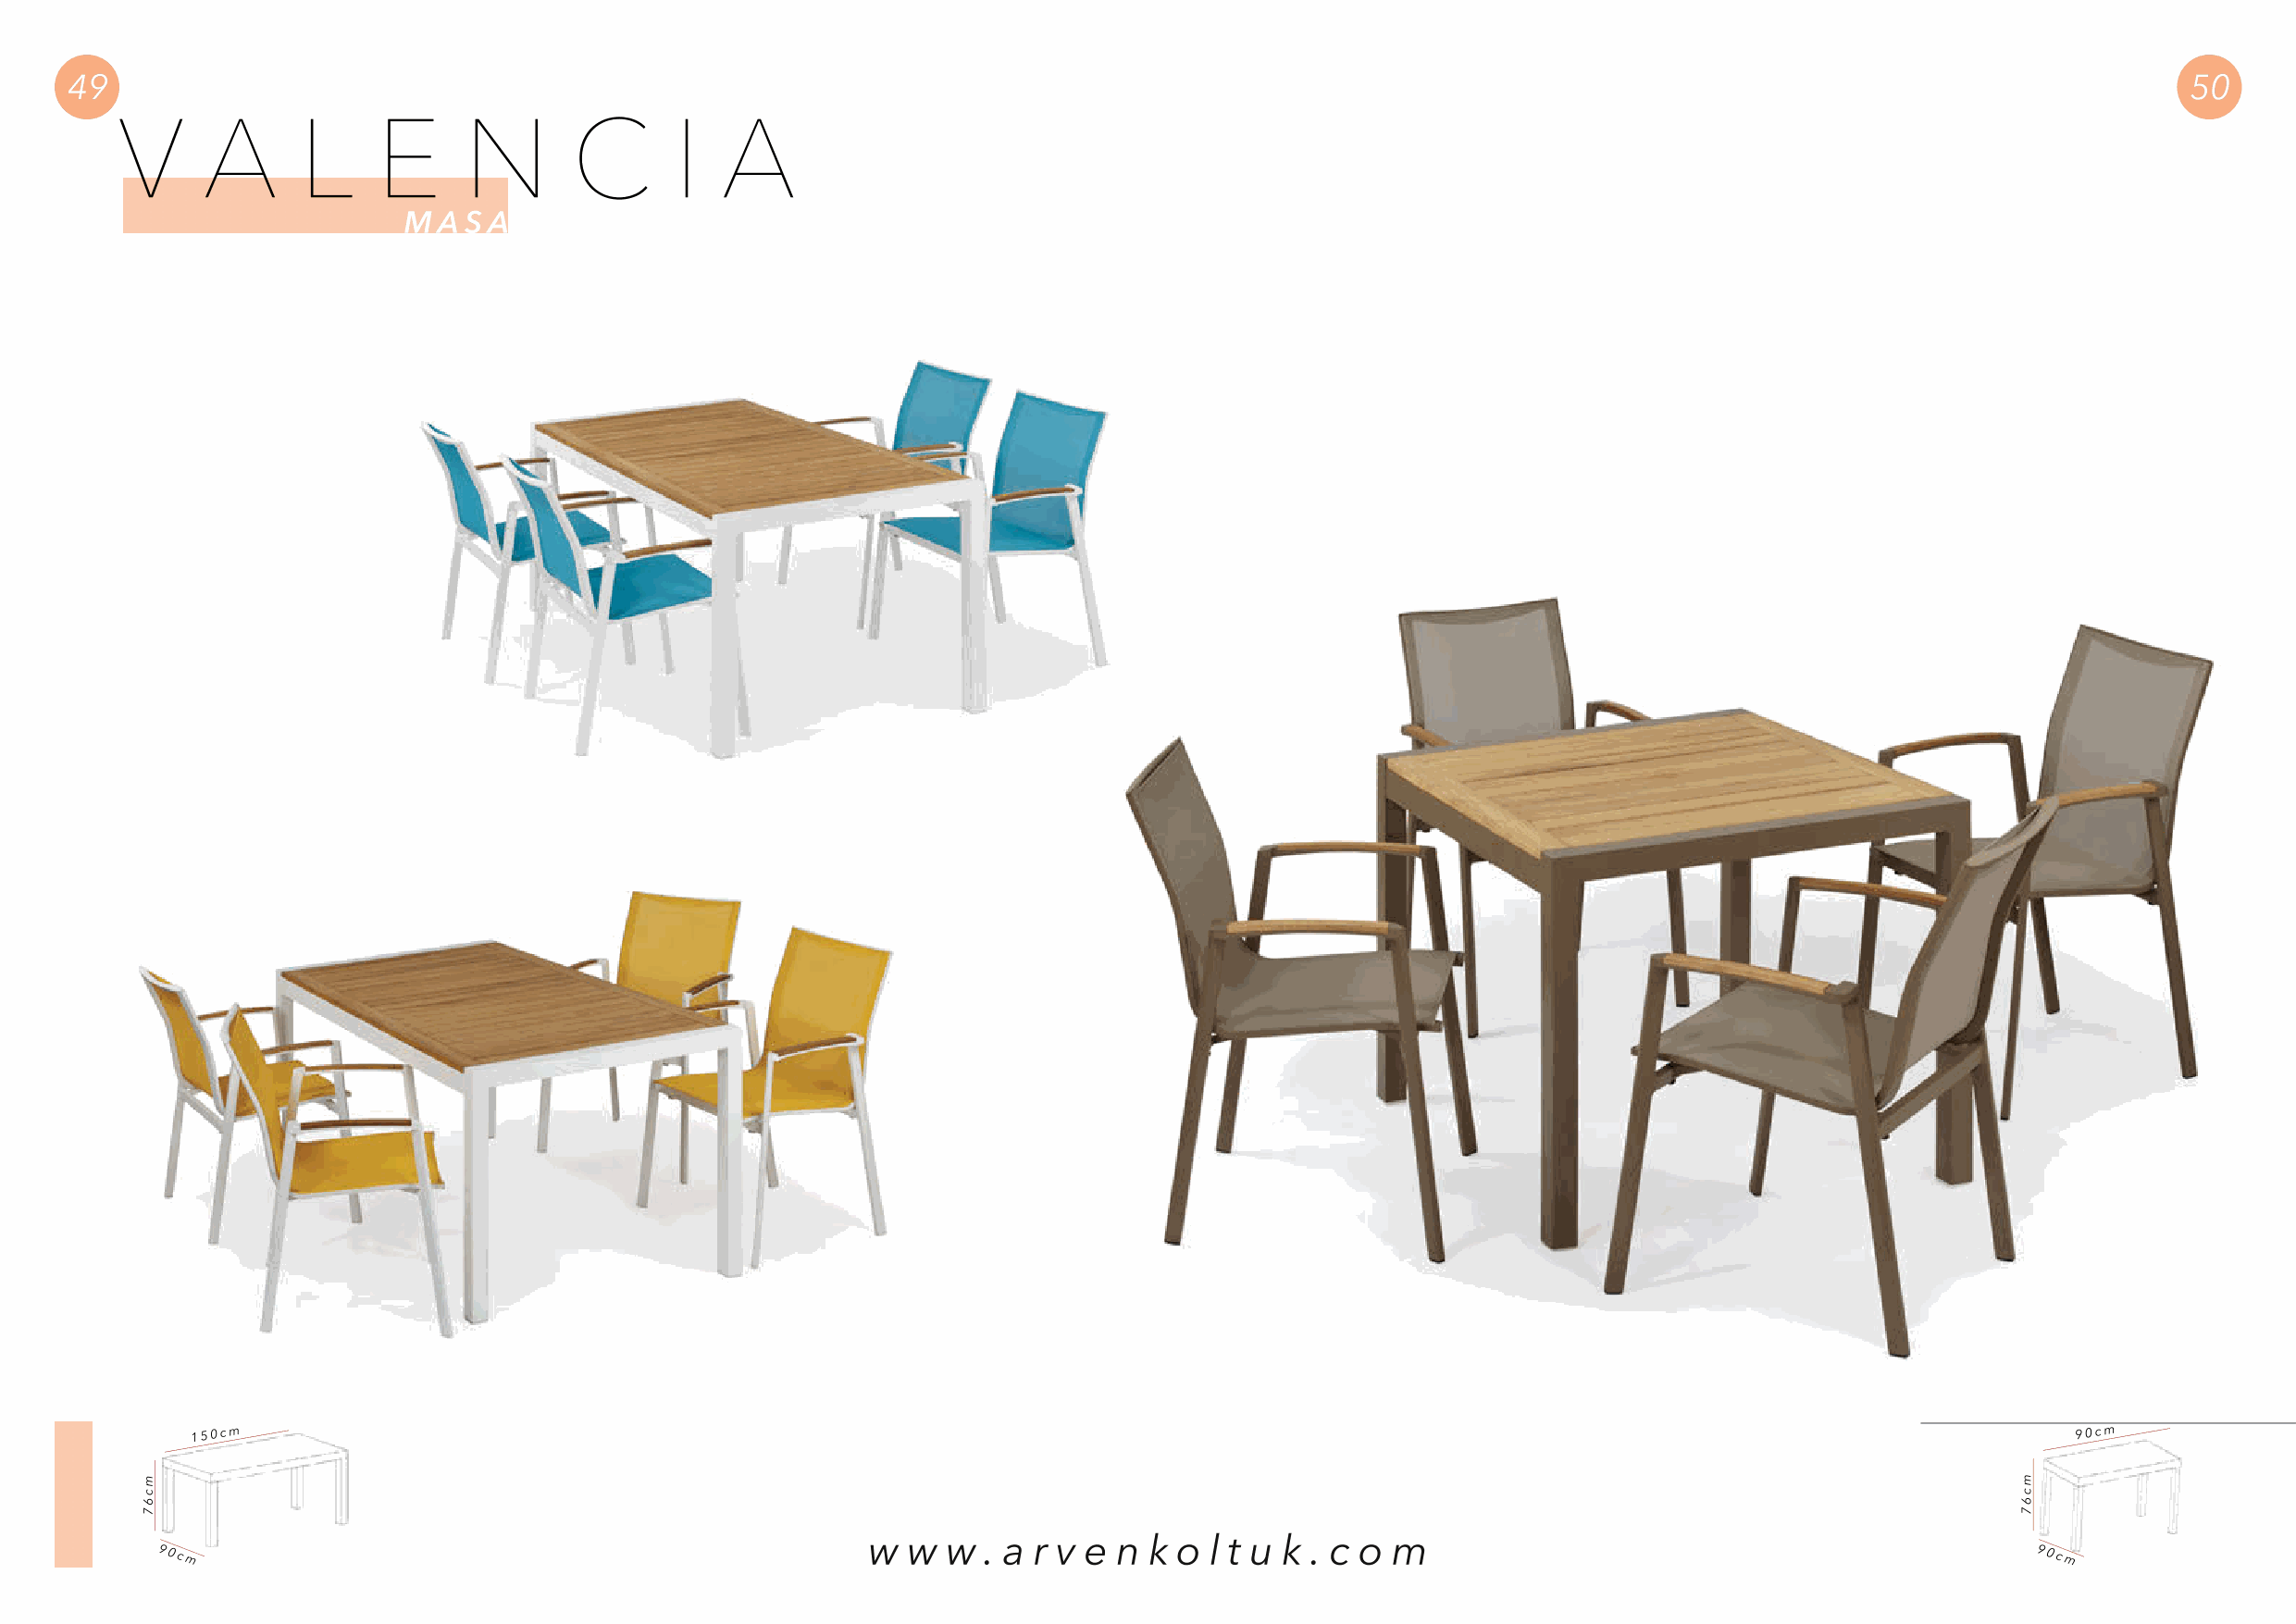
49                                                                                                                                                      50
 V      A     L     E     N       C      I   A
 M A S A
 150cm                                                                                                                                  90cm
 w  w  w . a r v e n k o  l t u k . c o m
 90cm                                                                                                                                   90cm
 mc67                                                                                                                                   mc67